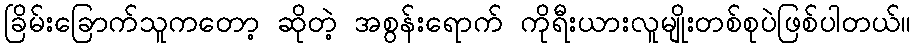
ခြိမ်းခြောက်သူကတော့ ဆိုတဲ့ အစွန်းရောက် ကိုရီးယားလူမျိုးတစ်စုပဲဖြစ်ပါတယ်။